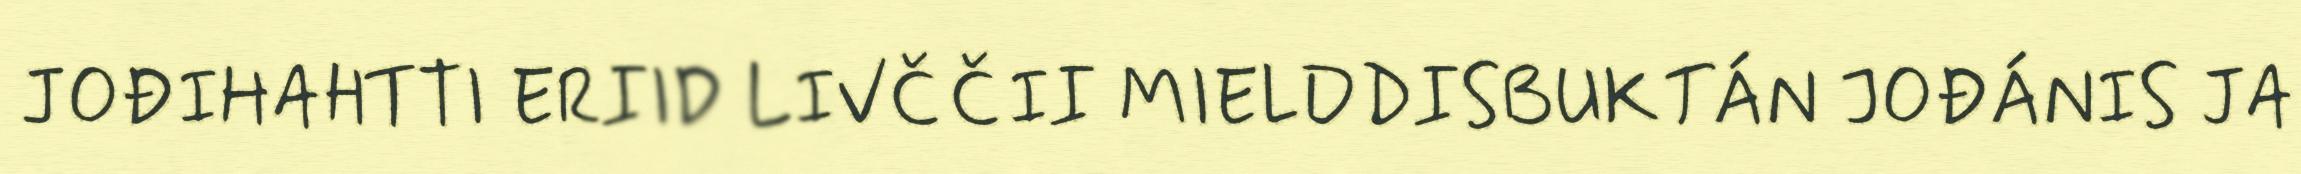
JOĐIHAHTTI ERIID LIVČČII MIELDDISBUKTÁN JOĐÁNIS JA